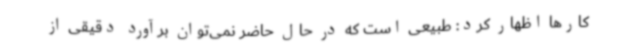
کارها اظهار کرد: طبیعی است که در حال حاضر نمی‌توان برآورد دقیقی از